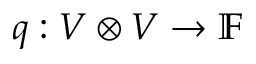
q : V \otimes V \to \mathbb { F }